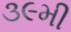
૩૯મી